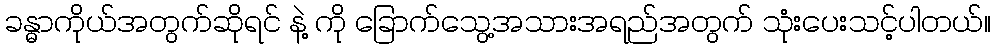
ခန္ဓာကိုယ်အတွက်ဆိုရင် နဲ့ ကို ခြောက်သွေ့အသားအရည်အတွက် သုံးပေးသင့်ပါတယ်။